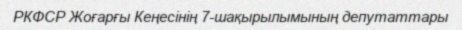
РКФСР Жоғарғы Кеңесінің 7-шақырылымының депутаттары